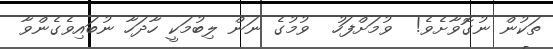
ތަކުން ނުގޮވާށެވެ!  ވުމަށްފަހު  ވުމުގެ ނަން ލިބުމަކީ ހާދަހާ ނުބައިވެގެންވާ